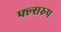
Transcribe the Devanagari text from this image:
फ्ल्सरुप